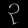
Digit: ၃